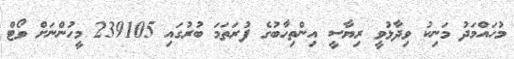
މުހައްމަދު މަނިކު ވިދާޅުވީ ރިޔާސީ އިންތިހާބުގެ ފުރަތަމަ ބުރުގައި 239105 މީހުންނަށް ވޯޓް